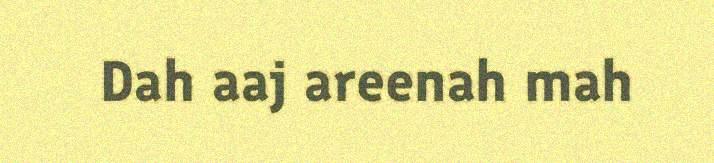
Dah aaj areenah mah